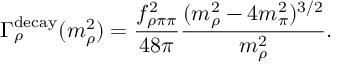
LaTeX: \Gamma _ { \rho } ^ { \mathrm { d e c a y } } ( m _ { \rho } ^ { 2 } ) = \frac { f _ { \rho \pi \pi } ^ { 2 } } { 4 8 \pi } \frac { ( m _ { \rho } ^ { 2 } - 4 m _ { \pi } ^ { 2 } ) ^ { 3 / 2 } } { m _ { \rho } ^ { 2 } } .